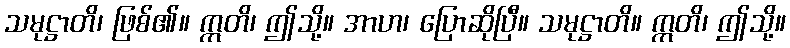
သမုဋ္ဌာတိ၊ ဖြစ်၏။ ဣတိ၊ ဤသို့။ အာဟ၊ ပြောဆိုပြီ။ သမုဋ္ဌာတိ။ ဣတိ၊ ဤသို့။